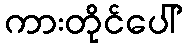
ကားတိုင်ပေါ်